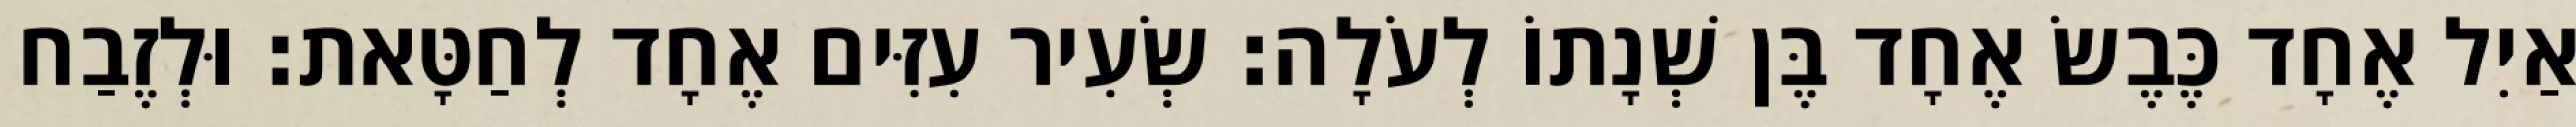
אַיִל אֶחָד כֶּבֶשׂ אֶחָד בֶּן שְׁנָתוֹ לְעֹלָה׃ שְׂעִיר עִזִּים אֶחָד לְחַטָּאת׃ וּלְזֶבַח